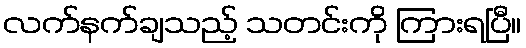
လက်နက်ချသည့် သတင်းကို ကြားရပြီ။